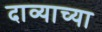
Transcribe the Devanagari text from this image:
दाव्याच्या